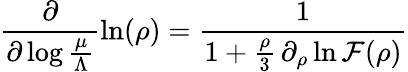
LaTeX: \frac{\partial}{\partial\log\frac{\mu}{\Lambda}}\ln(\rho)=\frac{1}{1+\frac{\rho}{3}\, \partial_{\rho}\ln{\cal F}(\rho)}